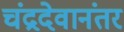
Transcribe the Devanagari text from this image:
चंद्रदेवानंतर